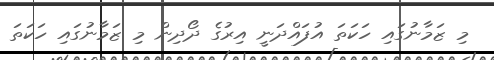
މި ޒަމާނުގައި ހަކަތަ އުފައްދަނީ އިރުގެ ދޯދިން މި ޒަމާނުގައި ހަކަތަ